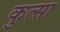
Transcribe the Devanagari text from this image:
कुत्सा